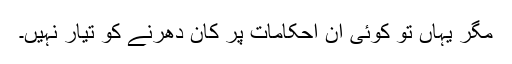
مگر یہاں تو کوئی ان احکامات پر کان دھرنے کو تیار نہیں۔